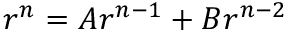
r ^ { n } = A r ^ { n - 1 } + B r ^ { n - 2 }